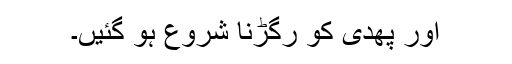
اور پھدی کو رگڑنا شروع ہو گئیں۔